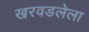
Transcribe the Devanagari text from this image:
खरवडलेला